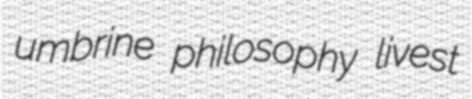
umbrine philosophy livest